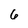
Character: 6